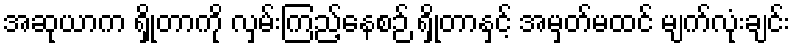
အဆုယာက ရှိုတာကို လှမ်းကြည့်နေစဉ် ရှိုတာနှင့် အမှတ်မထင် မျက်လုံးချင်း